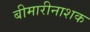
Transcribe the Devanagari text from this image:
बीमारीनाशक